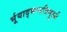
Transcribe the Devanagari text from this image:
र्भूयाद्भग्नत्रिमूर्ध्न